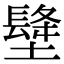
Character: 𡑺